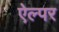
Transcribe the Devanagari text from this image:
ऐल्पर